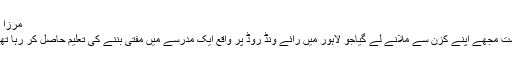
مرزا مدثر نواز | مکالمہ
ایک دفعہ ایک دوست مجھے اپنے کزن سے ملانے لے گیاجو لاہور میں رائے ونڈ روڈ پر واقع ایک مدرسے میں مفتی بننے کی تعلیم حاصل کر رہا تھا اور اب مفتی ہے۔